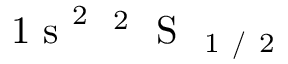
\mathrm { ~ 1 ~ s ~ } ^ { 2 } \; ^ { \mathrm { ~ 2 ~ } } \mathrm { ~ S ~ } _ { \mathrm { ~ 1 ~ / ~ 2 ~ } }